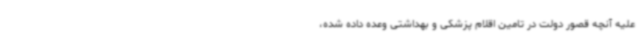
علیه آنچه قصور دولت در تامین اقلام پزشکی و بهداشتی وعده داده شده،